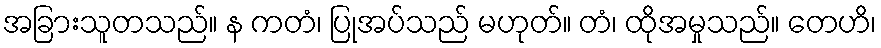
အခြားသူတသည်။ န ကတံ၊ ပြုအပ်သည် မဟုတ်။ တံ၊ ထိုအမှုသည်။ တေဟိ၊